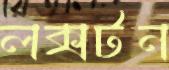
লক্সটন